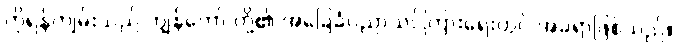
ကိုရန်ကျမ်းသည် ကျွန်တော် တို့၏ အခြေခံပညာသင်ကြားရေးတွင် အခရာဖြစ်သည်။